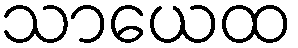
သာယေထ